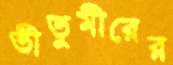
তীতুমীরের